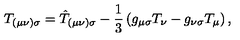
T _ { ( \mu \nu ) \sigma } = \hat { T } _ { ( \mu \nu ) \sigma } - \frac { 1 } { 3 } \left( g _ { \mu \sigma } T _ { \nu } - g _ { \nu \sigma } T _ { \mu } \right) ,